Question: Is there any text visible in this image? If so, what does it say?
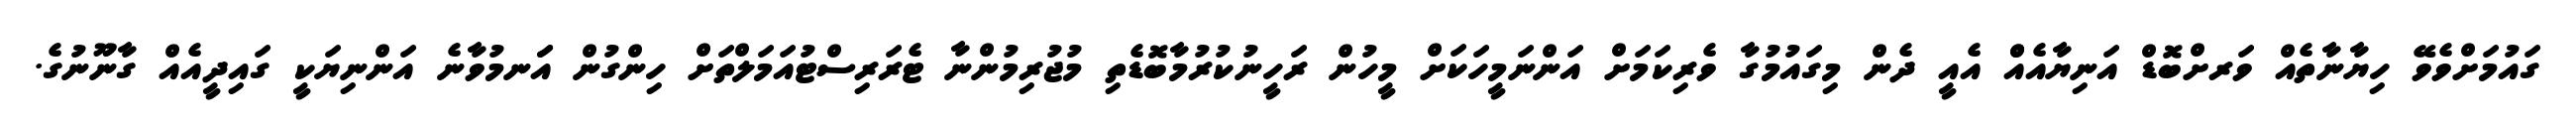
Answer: ގައުމަށްވެވޭ ހިޔާނާތެއް ވަރށްބޮޑް އަނިޔާއެއްް އެއީ ދެން މިގައުމުގާ ވެރިކަމަށް އަންނަމީހަކަށް މީހުން ރަހީނުކުރުމާބޮޑެތި މުޖުރިމުންނާ ޓެރަރިސްޓުއަމަލްތަށް ހިންގުން އަަނމުވާނެ އަންނިޔަކީ ގައިދީއެއް ގާނޫނުގެ.